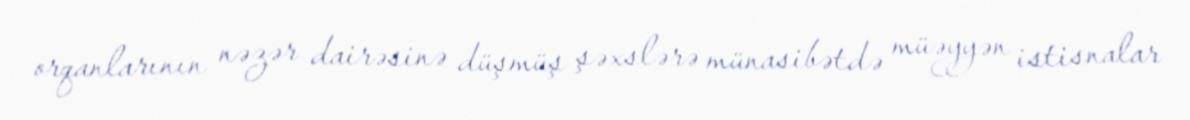
orqanlarının nəzər dairəsinə düşmüş şəxslərə münasibətdə müəyyən istisnalar